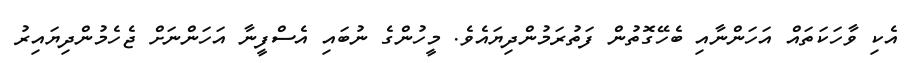
އެކި ވާހަކަތައް އަހަންނާއި ބެހޭގޮތުން ފަތުރަމުންދިޔައެވެ. މީހުންގެ ނުބައި އެސްފީނާ އަހަންނަށް ޖެހެމުންދިޔައިރު